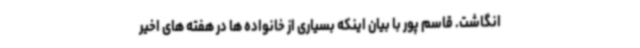
انگاشت. قاسم پور با بیان اینکه بسیاری از خانواده ها در هفته های اخیر